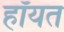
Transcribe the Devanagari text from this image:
हॉयत